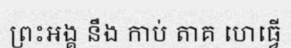
ព្រះអង្គ នឹង កាប់ តាគ ហេធ្វើ